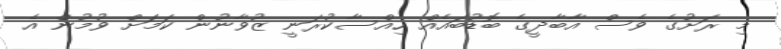
މި ރަށުގެ ވެސް އާބާދީގެ ބޮޑުބައެއް ހިއްސާކުރަނީ ޒުވާނުން ކަމަށް ވުމުން އެ